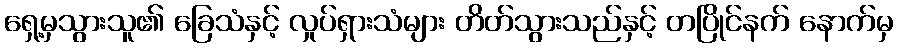
ရှေ့မှသွားသူ၏ ခြေသံနှင့် လှုပ်ရှားသံများ တိတ်သွားသည်နှင့် တပြိုင်နက် နောက်မှ